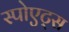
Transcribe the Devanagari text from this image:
स्पोएट्स